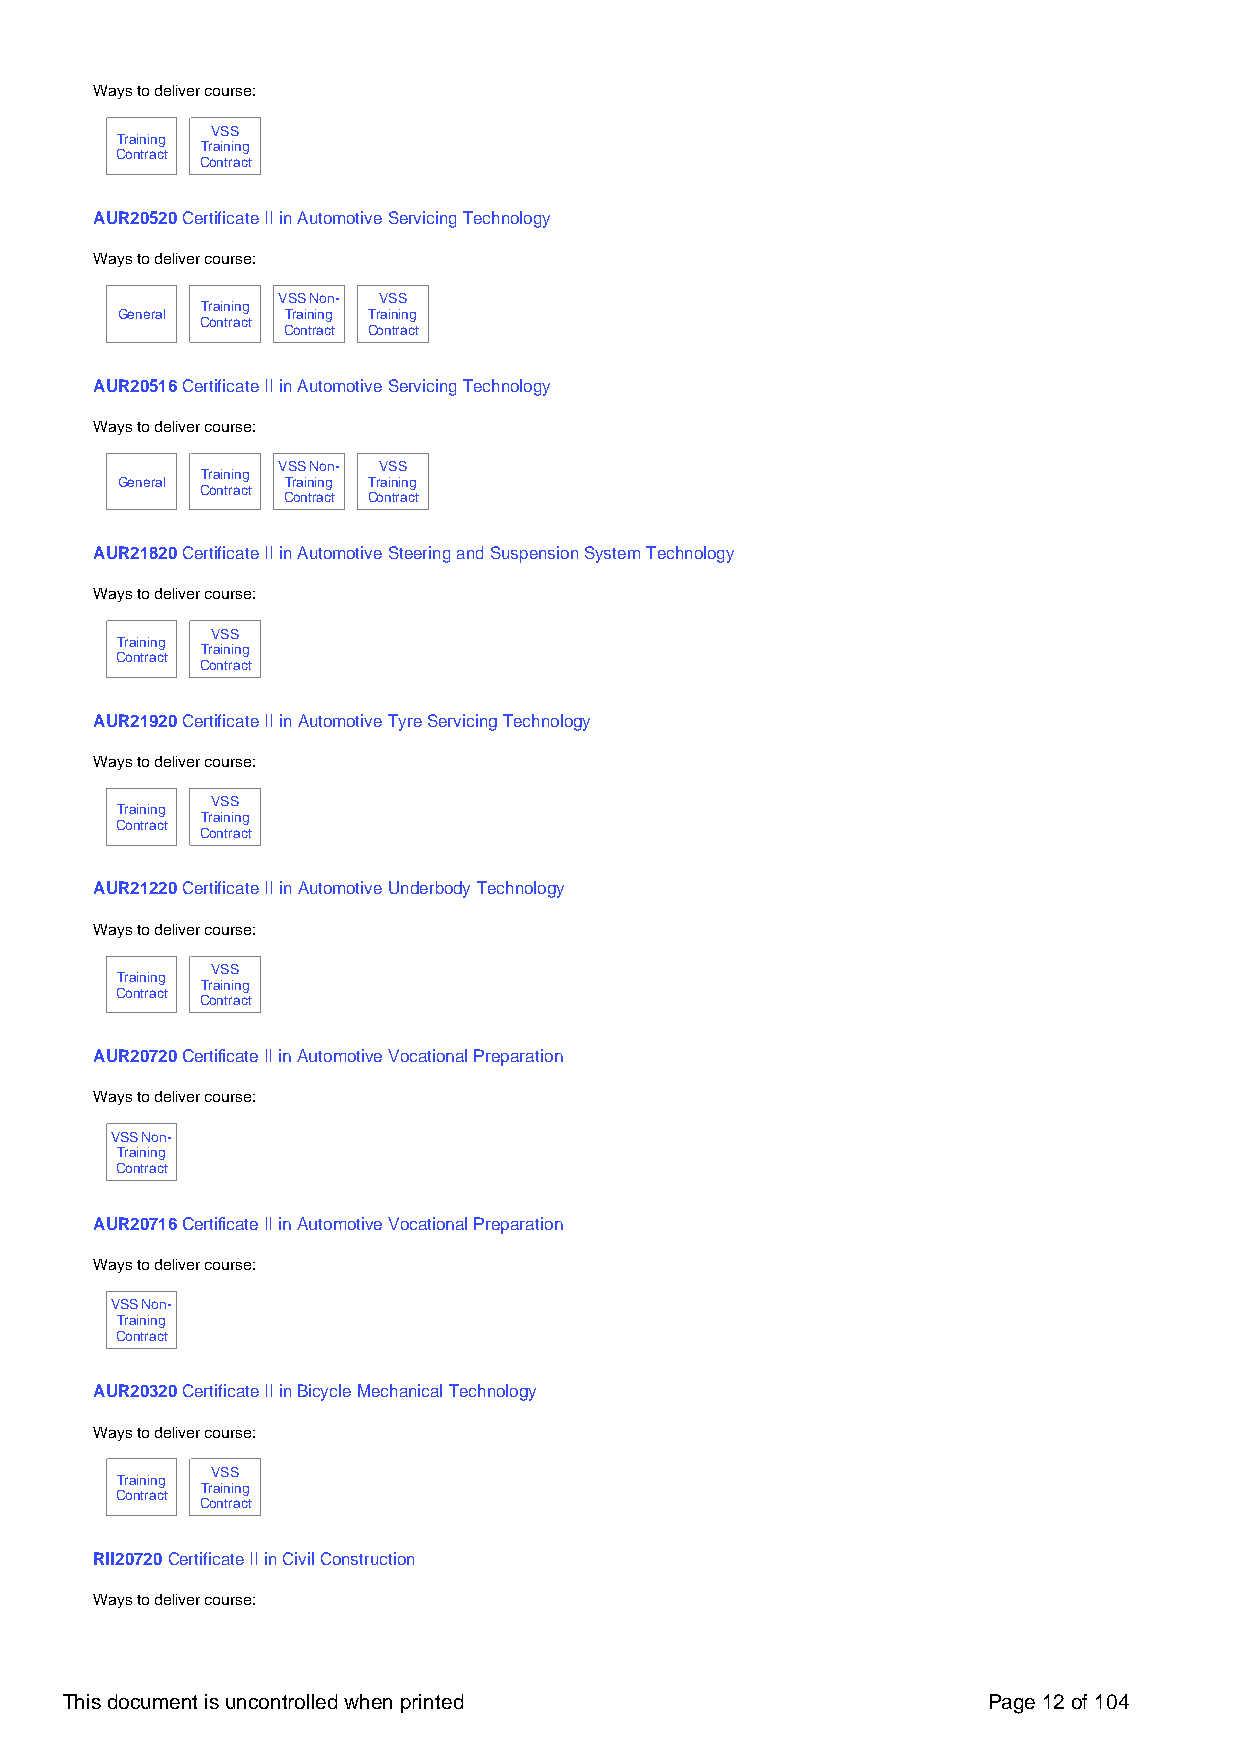
Ways to deliver course:
 VSS
 Training
 Training
 Contract
 Contract
 AUR20520 Certificate II in Automotive Servicing Technology
 Ways to deliver course:
 VSS Non- VSS
 Training
 General    Training Training
 Contract
 Contract Contract
 AUR20516 Certificate II in Automotive Servicing Technology
 Ways to deliver course:
 VSS Non- VSS
 Training
 General    Training Training
 Contract
 Contract Contract
 AUR21820 Certificate II in Automotive Steering and Suspension System Technology
 Ways to deliver course:
 VSS
 Training
 Training
 Contract
 Contract
 AUR21920 Certificate II in Automotive Tyre Servicing Technology
 Ways to deliver course:
 VSS
 Training
 Training
 Contract
 Contract
 AUR21220 Certificate II in Automotive Underbody Technology
 Ways to deliver course:
 VSS
 Training
 Training
 Contract
 Contract
 AUR20720 Certificate II in Automotive Vocational Preparation
 Ways to deliver course:
 VSS Non-
 Training
 Contract
 AUR20716 Certificate II in Automotive Vocational Preparation
 Ways to deliver course:
 VSS Non-
 Training
 Contract
 AUR20320 Certificate II in Bicycle Mechanical Technology
 Ways to deliver course:
 VSS
 Training
 Training
 Contract
 Contract
 RII20720 Certificate II in Civil Construction
 Ways to deliver course:
 This document is uncontrolled when printed                   Page 12 of 104